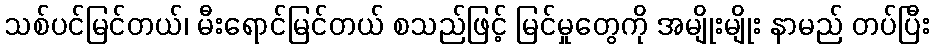
သစ်ပင်မြင်တယ်၊ မီးရောင်မြင်တယ် စသည်ဖြင့် မြင်မှုတွေကို အမျိုးမျိုး နာမည် တပ်ပြီး